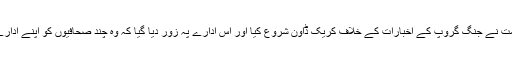
نواز شریف حکومت نے جنگ گروپ کے اخبارات کے خلاف کریک ڈاؤن شروع کیا اور اس ادارے پہ زور دیا گیا کہ وہ چند صحافیوں کو اپنے ادارے سے نکال دیں ۔